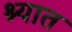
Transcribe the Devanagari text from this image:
श्यात